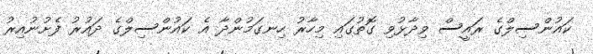
ކައުންސިލްގެ ރައީސް ވިދާޅުވި ގޮތުގައި މިހާރު ހިނގަމުންދާ އެ ކައުންސިލްގެ ދައުރު ފެށުނުއިރު